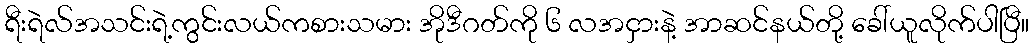
ရီးရဲလ်အသင်းရဲ့ကွင်းလယ်ကစားသမား အိုဒီဂတ်ကို ၆ လအငှားနဲ့ အာဆင်နယ်တို့ ခေါ်ယူလိုက်ပါပြီ။